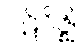
ပဋိဝိဇ္ဈိ